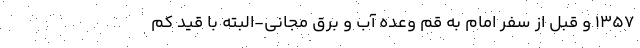
۱۳۵۷ و قبل از سفر امام به قم وعده آب و برق مجانی-البته با قید کم‌